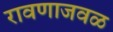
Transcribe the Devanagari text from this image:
रावणाजवळ